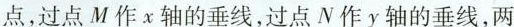
点，过点M作x轴的垂线，过点N作y轴的垂线，两